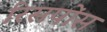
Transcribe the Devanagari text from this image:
रिसपोंस